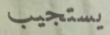
يستجيب